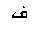
Letter: _fa